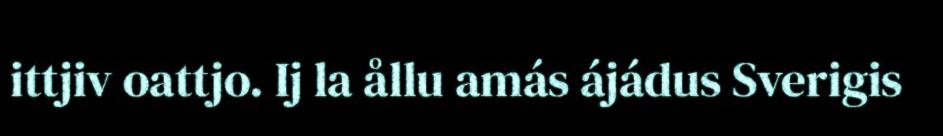
ittjiv oattjo. Ij la ållu amás ájádus Sverigis